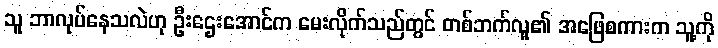
သူ ဘာလုပ်နေသလဲဟု ဦးဌေးအောင်က မေးလိုက်သည်တွင် တစ်ဘက်လူ၏ အဖြေစကားက သူ့ကို